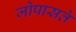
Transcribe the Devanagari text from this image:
जोपासते